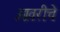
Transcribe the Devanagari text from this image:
ओवरीचे